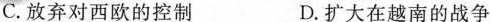
C.放弃对西欧的控制 D.扩大在越南的战争